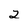
Character: 2